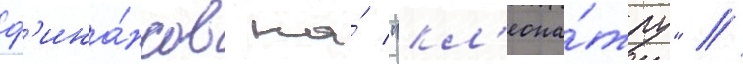
ф'ина́нсов на́ "кл'еопа́тру" /